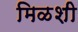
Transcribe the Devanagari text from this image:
मिळशी